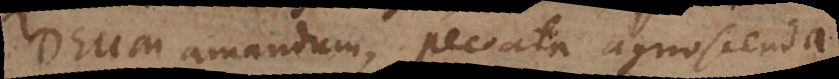
Deum amandum, peccata agnoscenda,